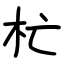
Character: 杧